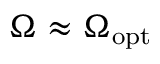
\Omega \approx \Omega _ { \mathrm { o p t } }